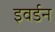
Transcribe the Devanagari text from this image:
इवर्डन